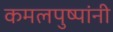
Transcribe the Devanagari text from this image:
कमलपुष्पांनी